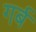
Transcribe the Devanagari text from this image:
गर्ब